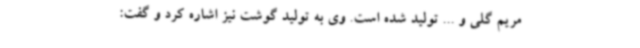
مریم گلی و ... تولید شده است. وی به تولید گوشت نیز اشاره کرد و گفت: